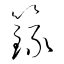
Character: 籙